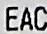
EAC